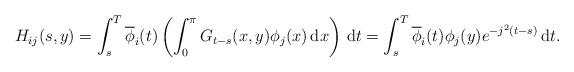
LaTeX: \begin{align*} H_{ij}(s,y) =\int_{s}^{T} \overline{\phi}_i(t) \left(\int_{0}^{\pi} G_{t-s}(x,y) \phi_j(x) \, \textrm{d}x \right) \,\textrm{d}t =\int_{s}^{T} \overline{\phi}_i(t) \phi_j(y) e^{-j^2(t-s)} \, \textrm{d}t.\end{align*}